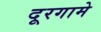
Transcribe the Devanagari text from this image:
दूरगामे